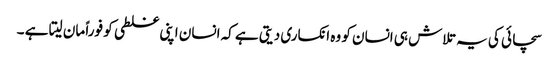
سچائی کی یہ تلاش ہی انسان کو وہ انکساری دیتی ہے کہ انسان اپنی غلطی کو فوراً مان لیتا ہے ۔